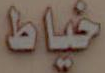
خياط